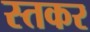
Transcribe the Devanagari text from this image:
स्तकर